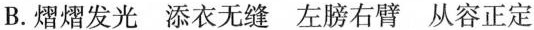
B.熠熠发光 添衣无缝 左膀右臂 从容正定